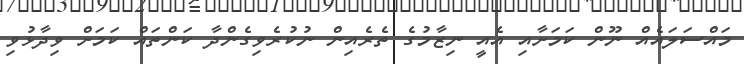
މައްސަލައެއް ނޫން ކަމަށާއި އެއީ ނިޒާމުގެ ތެރެއިން ނުކުރެވިގެންދާ ކަންތައް ކަމަށް ވިދާޅުވި